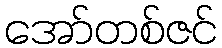
အော်တစ်ဇင်